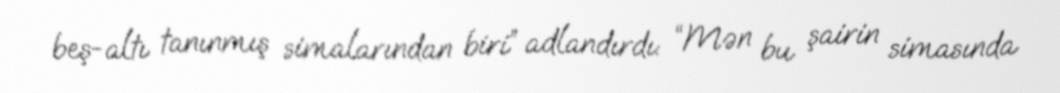
beş-altı tanınmış simalarından biri” adlandırdı: “Mən bu şairin simasında